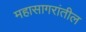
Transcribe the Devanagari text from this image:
महासागरांतील